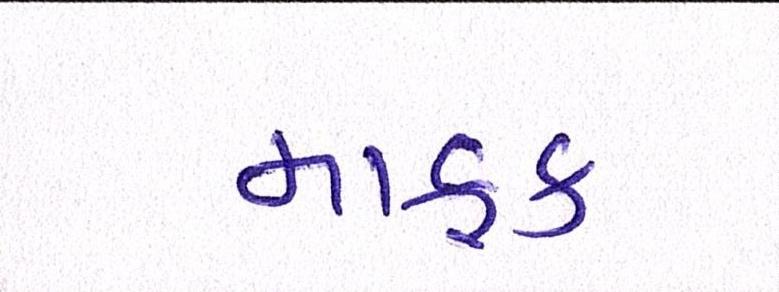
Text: માફક